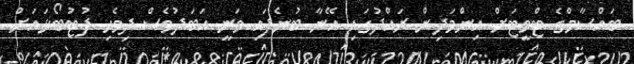
ބައްސާމްގެ ޓްވީޓަށް އިންމަދިން ރައްދުގައި އޭނާ ބުނެފައި ވަނީ އަބަދުވެސް ދިވެހި ފުޓުބޯޅައަށް